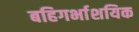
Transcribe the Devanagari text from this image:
बहिगर्भाशयिक